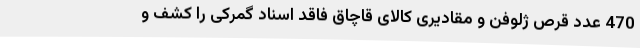
470 عدد قرص ژلوفن و مقادیری کالای قاچاق فاقد اسناد گمرکی را کشف و